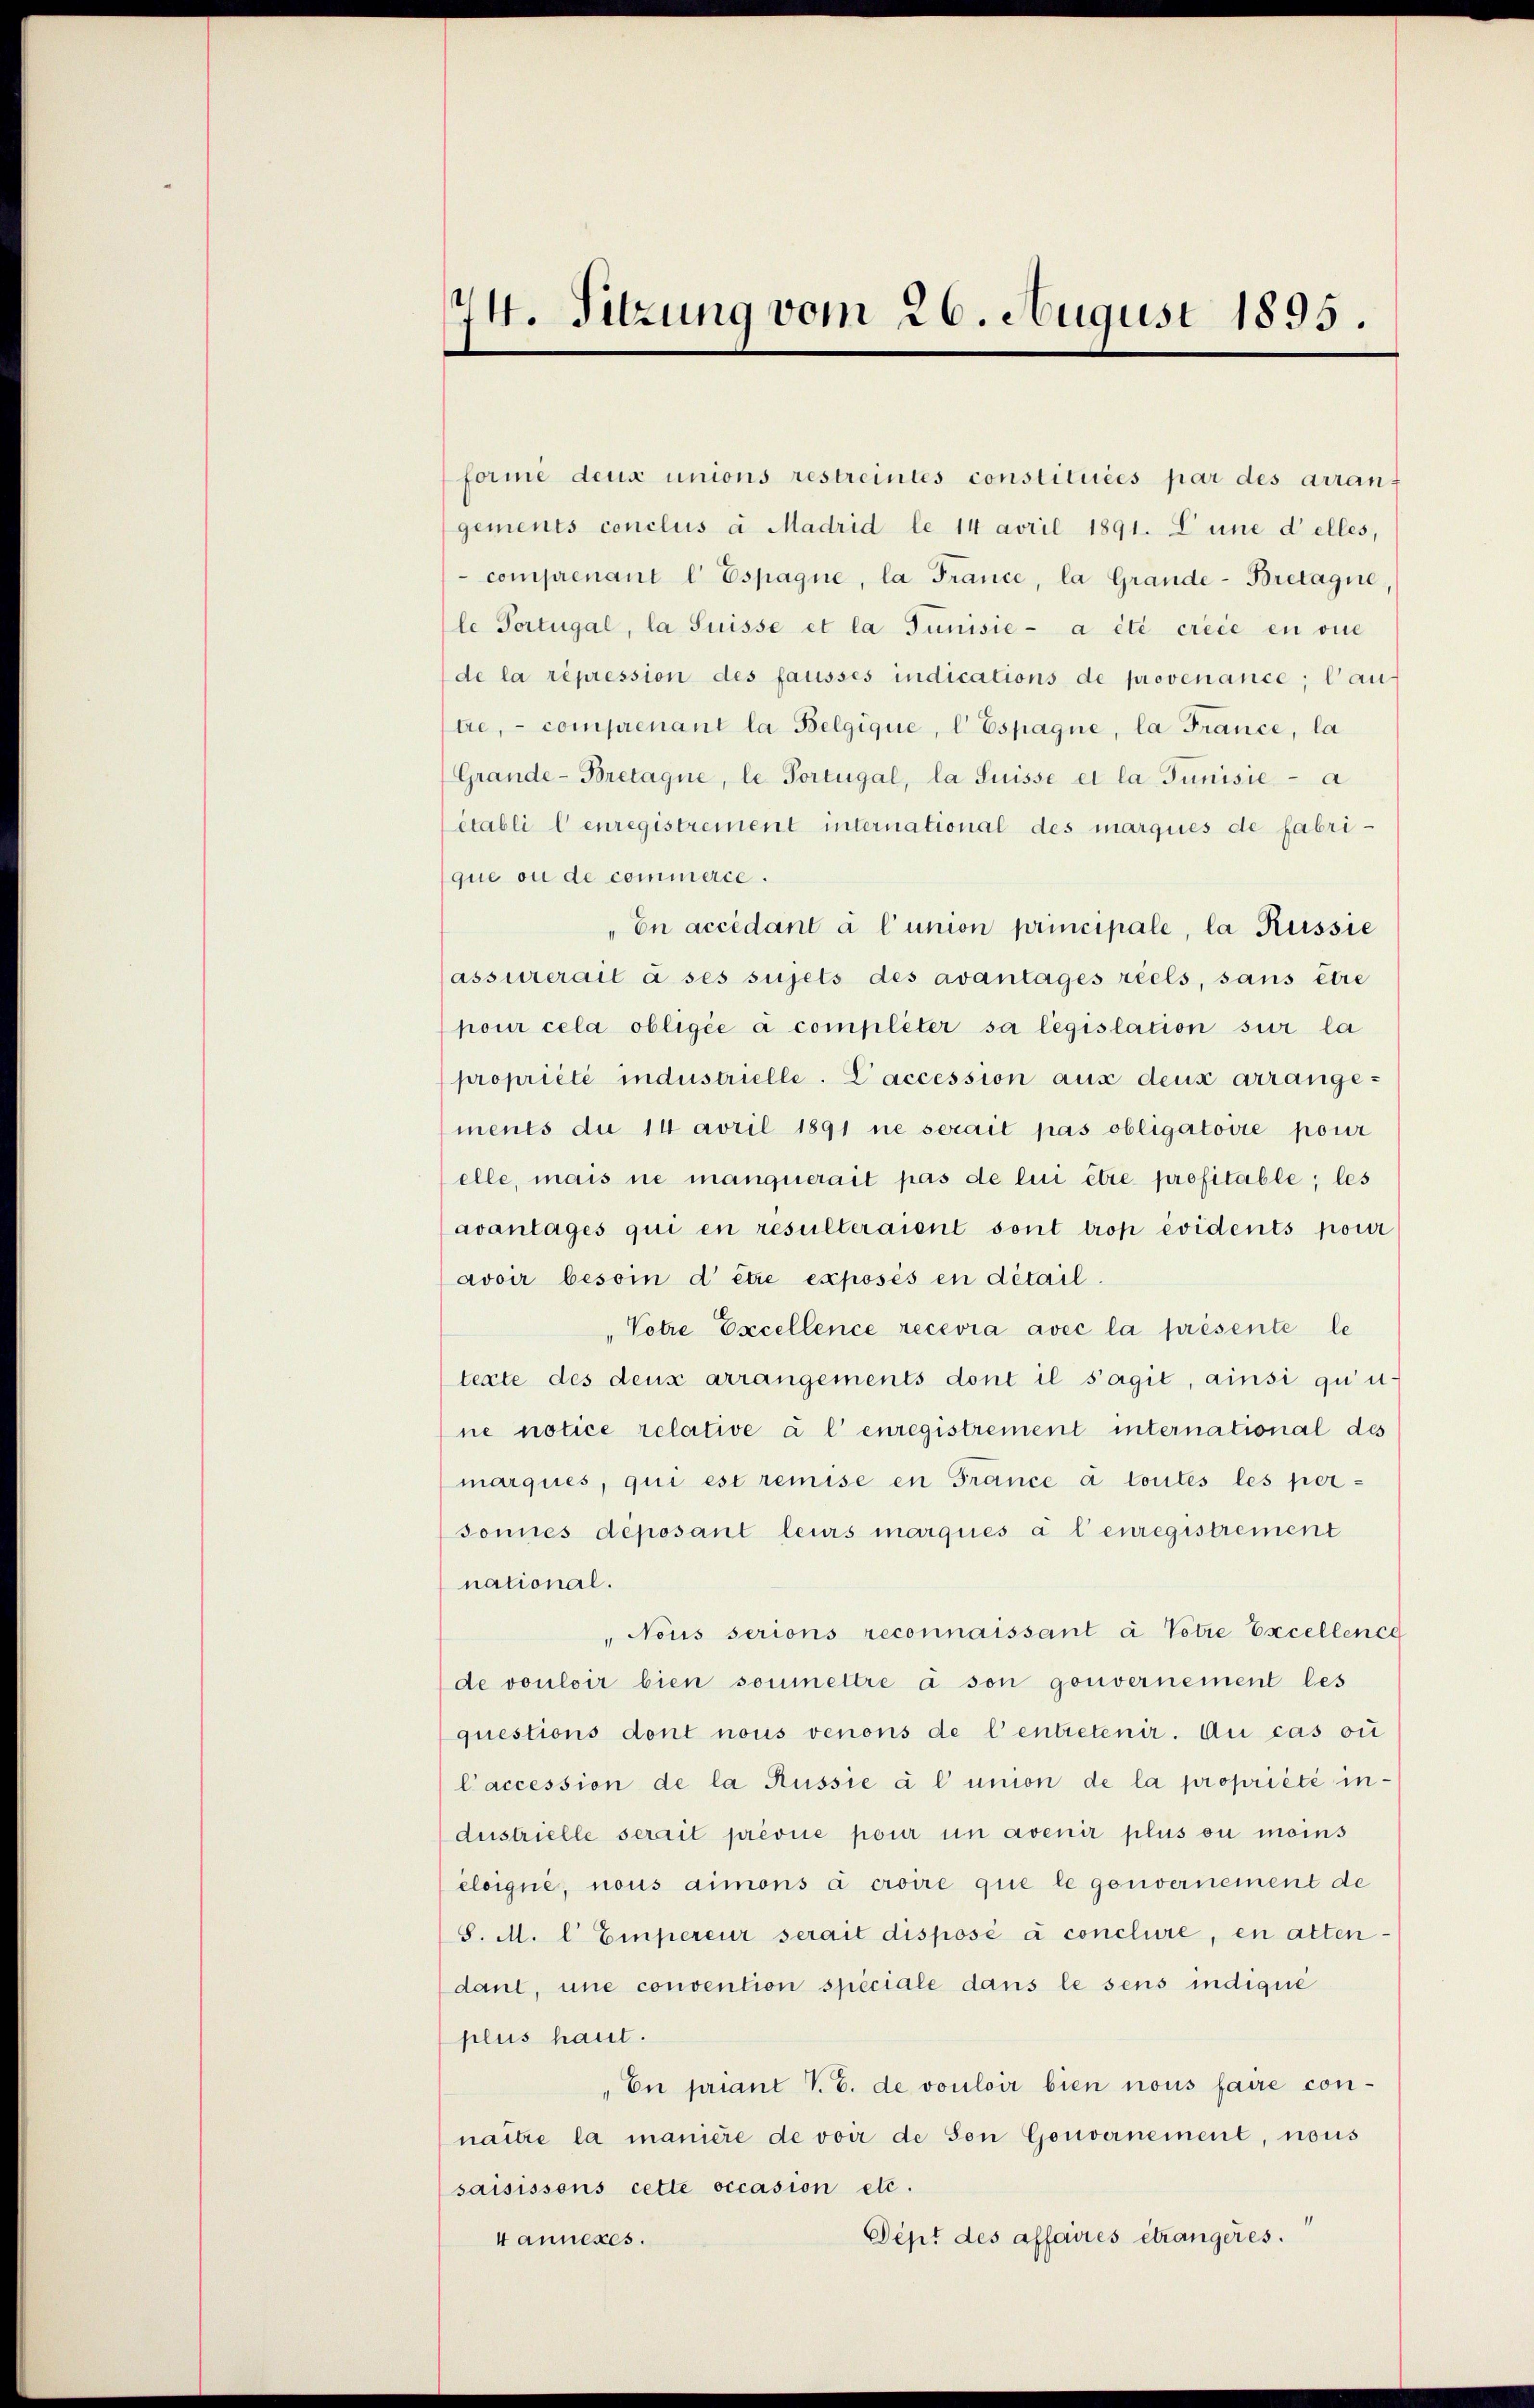
t
14. Sitzung vom 26. August 1895.

forme deux unions restreintes constituées par des arrangements conclus à Madrid le 14 avril 1891. L’une delles,
-comprenant l Espagne, la France, la Grande-Bretagne,
le Portugal, la Suisse et la Junisie- a été créée en vie
de la repression des fausses indications de provenance; lau
tre, comprenant la Belgique, l. Espagne, la France, la
(Grande-Bretagne, le Portugal, la Suisse et la Junisie a
établi l enregistrement international des marques de fabrique ou de commerce.
En accédant à l’union principale, la Russie
(assurerait à ses sujets des avantages réels, sans être
pour cela obligée a compléter sa législation sur la
propriété industrielle. L’accession aus deux arrangements du 14 avril 1891 ne serait pas obligatoire pour
elle, mais ne manquerait pas de lui être profitable; les
avantages qui en resulteraient sont trop évidents pour
avoir besoin d’être exposés en détail.
"Votre Excellence recevra avec la présente le
texte des deux arrangements dont il s’agit, ainsi qu’u
ne notice relative à l’ enregistrement international des
marques, qui est remise en France à toutes les personnes déposant leurs marques à l’enregistrement
national.
"Nous serions reconnaissant à Votre Excellence
de vouloir bien soumettre à son gouvernement les
questions dont nous venons de l’entretenir. An cas ou
Caccession de la Russie à l’union de la propriété industrielle serait prévue pour un avenir plus ou moins
éloigné, nous aimons à croire que le gouvernement de
S. M. l. Empereur serait disposé à conclure, en atten-
dant, une convention speciale dans le sens indique
plus haut.
„En priant V. C. de vouloir bien nous faire con-
naître la manière de voir de son Gouvernement, nous
saisissens cette occasion etc.
Dept des affaires étrangeres.
4annexes.